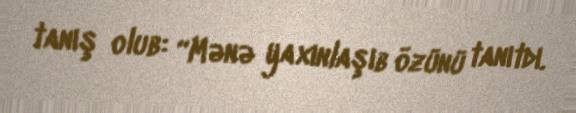
tanış olub: “Mənə yaxınlaşıb özünü tanıtdı.